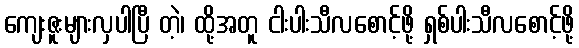
ကျေးဇူးများလှပါပြီ တဲ့၊ ထို့အတူ ငါးပါးသီလစောင့်ဖို့ ရှစ်ပါးသီလစောင့်ဖို့